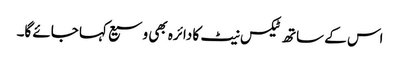
اس کے ساتھ ٹیکس نیٹ کا دائرہ بھی وسیع کہا جائے گا۔